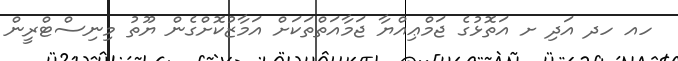
ހއ ހދ އަދި ށ އަތޮޅުގެ ޖަމްޢިއްޔާ ޖަމާއަތްތަކަށް އަމާޒުކޮށްގެން ޔޫތު މިނިސްޓްރީން